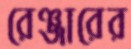
রেঞ্জারের